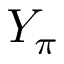
Y _ { \pi }